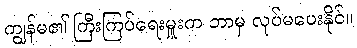
ကျွန်မ၏ ကြီးကြပ်ရေးမှူးက ဘာမှ လုပ်မပေးနိုင်။